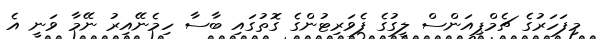
މިފަހަރުގެ ޗެމްޕިއަންސް ލީގުގެ ފެވަރިޓުންގެ ގޮތުގައި ބާސާ ހިމެނޭއިރު ނޭމާ ވަނީ އެ